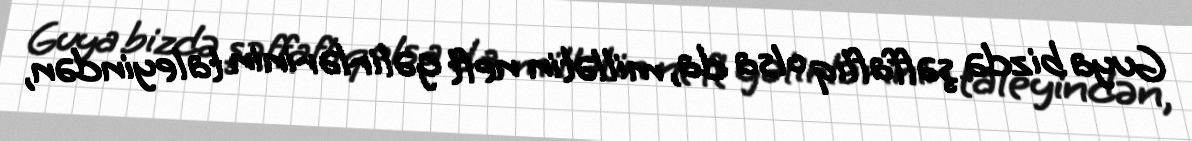
Guya bizdə şəffaflıq olsa da, millətin neft gəlirlərinin taleyindən,